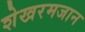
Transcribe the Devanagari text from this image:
शेखरमजान